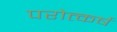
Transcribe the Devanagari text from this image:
परोत्कर्ष